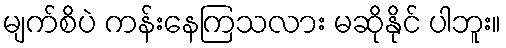
မျက်စိပဲ ကန်းနေကြသလား မဆိုနိုင် ပါဘူး။